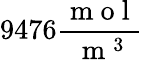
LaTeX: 9476\frac{\mathrm{~m~o~l~}}{\mathrm{~m~}^{3}}